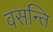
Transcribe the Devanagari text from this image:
वसन्ति